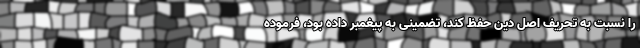
را نسبت به تحریف اصل دین حفظ کند، تضمینی به پیغمبر داده بود، فرموده